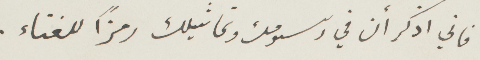
فاني أذكر أن في رسومك وتماثيلك رمزًا للغناء